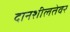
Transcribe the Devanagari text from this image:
दानशीलतेवर